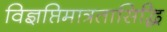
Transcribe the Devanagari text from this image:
विज्ञप्तिमात्रतासिद्धि